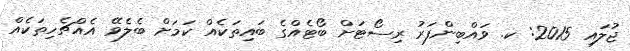
ޖުލައި 2015: ކ. ވައްބިންފަރު ރިސޯޓަށް ބޯޓެއްގެ ބައިތަކެއް ކަމަށް ބެލެވޭ އެއްޗެހިތަކެއް